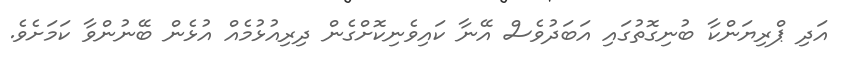
އަދި ޕްރިޔަންކާ ބުނިގޮތުގައި އަބަދުވެސް އޭނާ ކައިވެނިކޮށްގެން ދިރިއުޅުމެއް އުޅެން ބޭނުންވާ ކަަމަށެވެ.